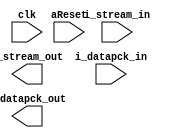
module spi_master_cu #(
    parameter fifo_depth = 8
) (
    input wire clk,
    input wire aReset,
    input wire i_stream_in,
    output wire o_stream_out,
    input wire i_datapck_in,
    output wire o_datapck_out

);
    
endmodule